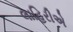
લાહિરીએ